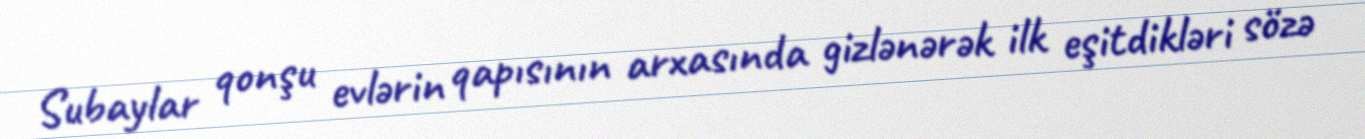
Subaylar qonşu evlərin qapısının arxasında gizlənərək ilk eşitdikləri sözə